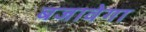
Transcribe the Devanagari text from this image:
बजावेगा